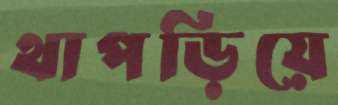
থাপড়িয়ে